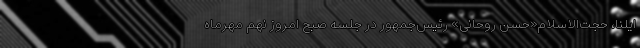
ایلنا، حجت‌الاسلام«حسن روحانی» رئیس‌جمهور در جلسه صبح امروز نهم مهرماه